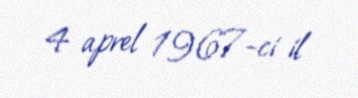
4 aprel 1967-ci il